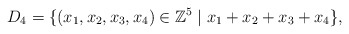
\begin{align*}D_4 = \{(x_1, x_2,x_3,x_4) \in \mathbb Z^5 \mid x_1+x_2+x_3+x_4 \},\end{align*}